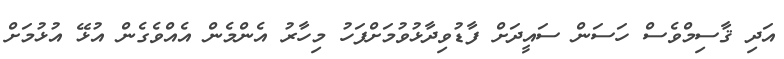
އަދި ޤާސިމްވެސް ހަސަން ސައީދަށް ފާޑުވިދާޅުވުމަށްފަހު މިހާރު އެންމެން އެއްވެގެން އުޅޭ އުޅުމަށް